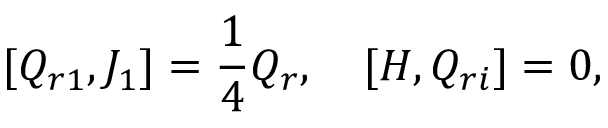
\lbrack { Q _ { r 1 } , J _ { 1 } } \rbrack = \frac { 1 } { 4 } Q _ { r } , \quad \lbrack { H , Q _ { r i } } \rbrack = 0 ,